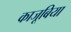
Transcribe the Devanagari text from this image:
काजूबिया